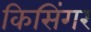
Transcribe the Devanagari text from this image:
किसिंगर